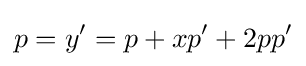
p=y'=p+xp'+2pp'